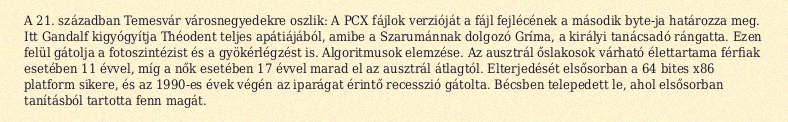
A 21. században Temesvár városnegyedekre oszlik: A PCX fájlok verzióját a fájl fejlécének a második byte-ja határozza meg. Itt Gandalf kigyógyítja Théodent teljes apátiájából, amibe a Szarumánnak dolgozó Gríma, a királyi tanácsadó rángatta. Ezen felül gátolja a fotoszintézist és a gyökérlégzést is. Algoritmusok elemzése. Az ausztrál őslakosok várható élettartama férfiak esetében 11 évvel, míg a nők esetében 17 évvel marad el az ausztrál átlagtól. Elterjedését elsősorban a 64 bites x86 platform sikere, és az 1990-es évek végén az iparágat érintő recesszió gátolta. Bécsben telepedett le, ahol elsősorban tanításból tartotta fenn magát.